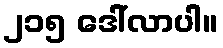
၂၁၅ ဒေါ်လာပါ။